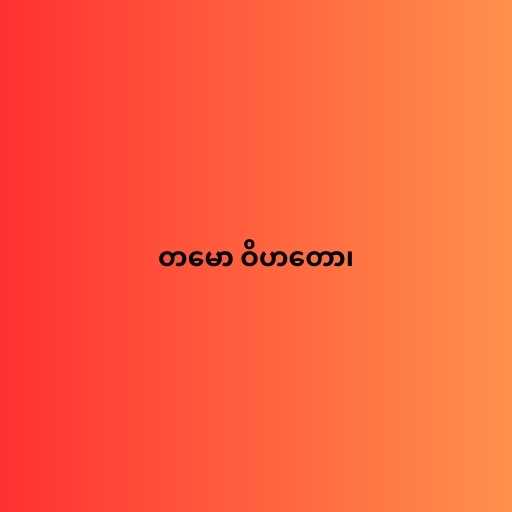
တမော ဝိဟတော၊